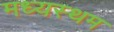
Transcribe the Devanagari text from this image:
मध्‍यस्‍थम